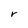
Character: r